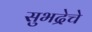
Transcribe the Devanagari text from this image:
सुभद्रेचे